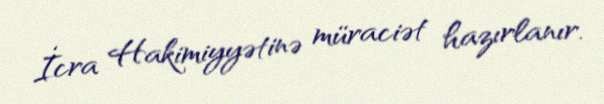
İcra Hakimiyyətinə müraciət hazırlanır.